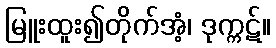
မြူးထူး၍တိုက်အံ့၊ ဒုက္ကဋ်။